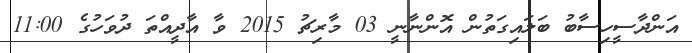
އަންދާސީހިސާބު ބަލައިގަތުން އޮންނާނީ 03 މާރިޗު 2015 ވާ އާދީއްތަ ދުވަހުގެ 11:00